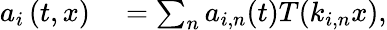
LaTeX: \begin{array}{rl}{a_{i}\left(t,x\right)}&{{}=\sum_{n}a_{i,n}(t)T(k_{i,n}x),}\end{array}